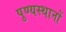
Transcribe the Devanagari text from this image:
पुण्यस्थानों